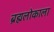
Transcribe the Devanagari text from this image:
ब्रह्मलोकाला